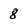
Character: 8